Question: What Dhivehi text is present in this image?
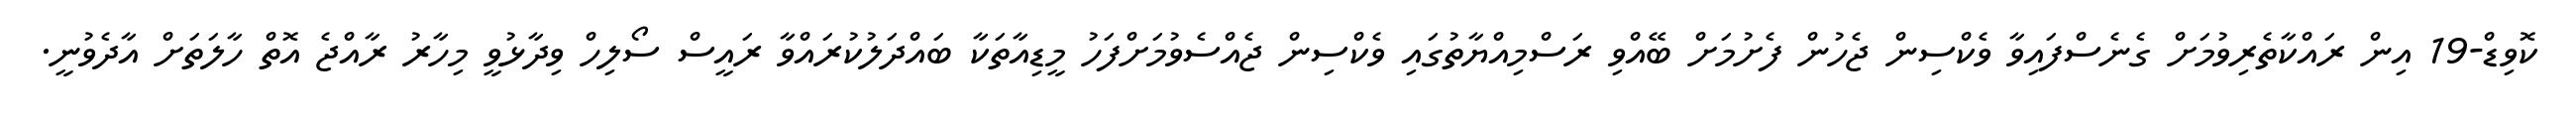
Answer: ކޮވިޑް-19 އިން ރައްކާތެރިވުމަށް ގެނެސްފައިވާ ވެކްސިން ޖެހުން ފެށުމަށް ބޭއްވި ރަސްމިއްޔާތުގައި ވެކްސިން ޖެއްސެވުމަށްފަހު މީޑިއާތަކާ ބައްދަލުކުރައްވާ ރައީސް ސޯލިހް ވިދާޅުވީ މިހާރު ރާއްޖެ އޮތް ހާލަތަށް އާދެވުނީ.